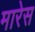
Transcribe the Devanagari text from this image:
मारेस